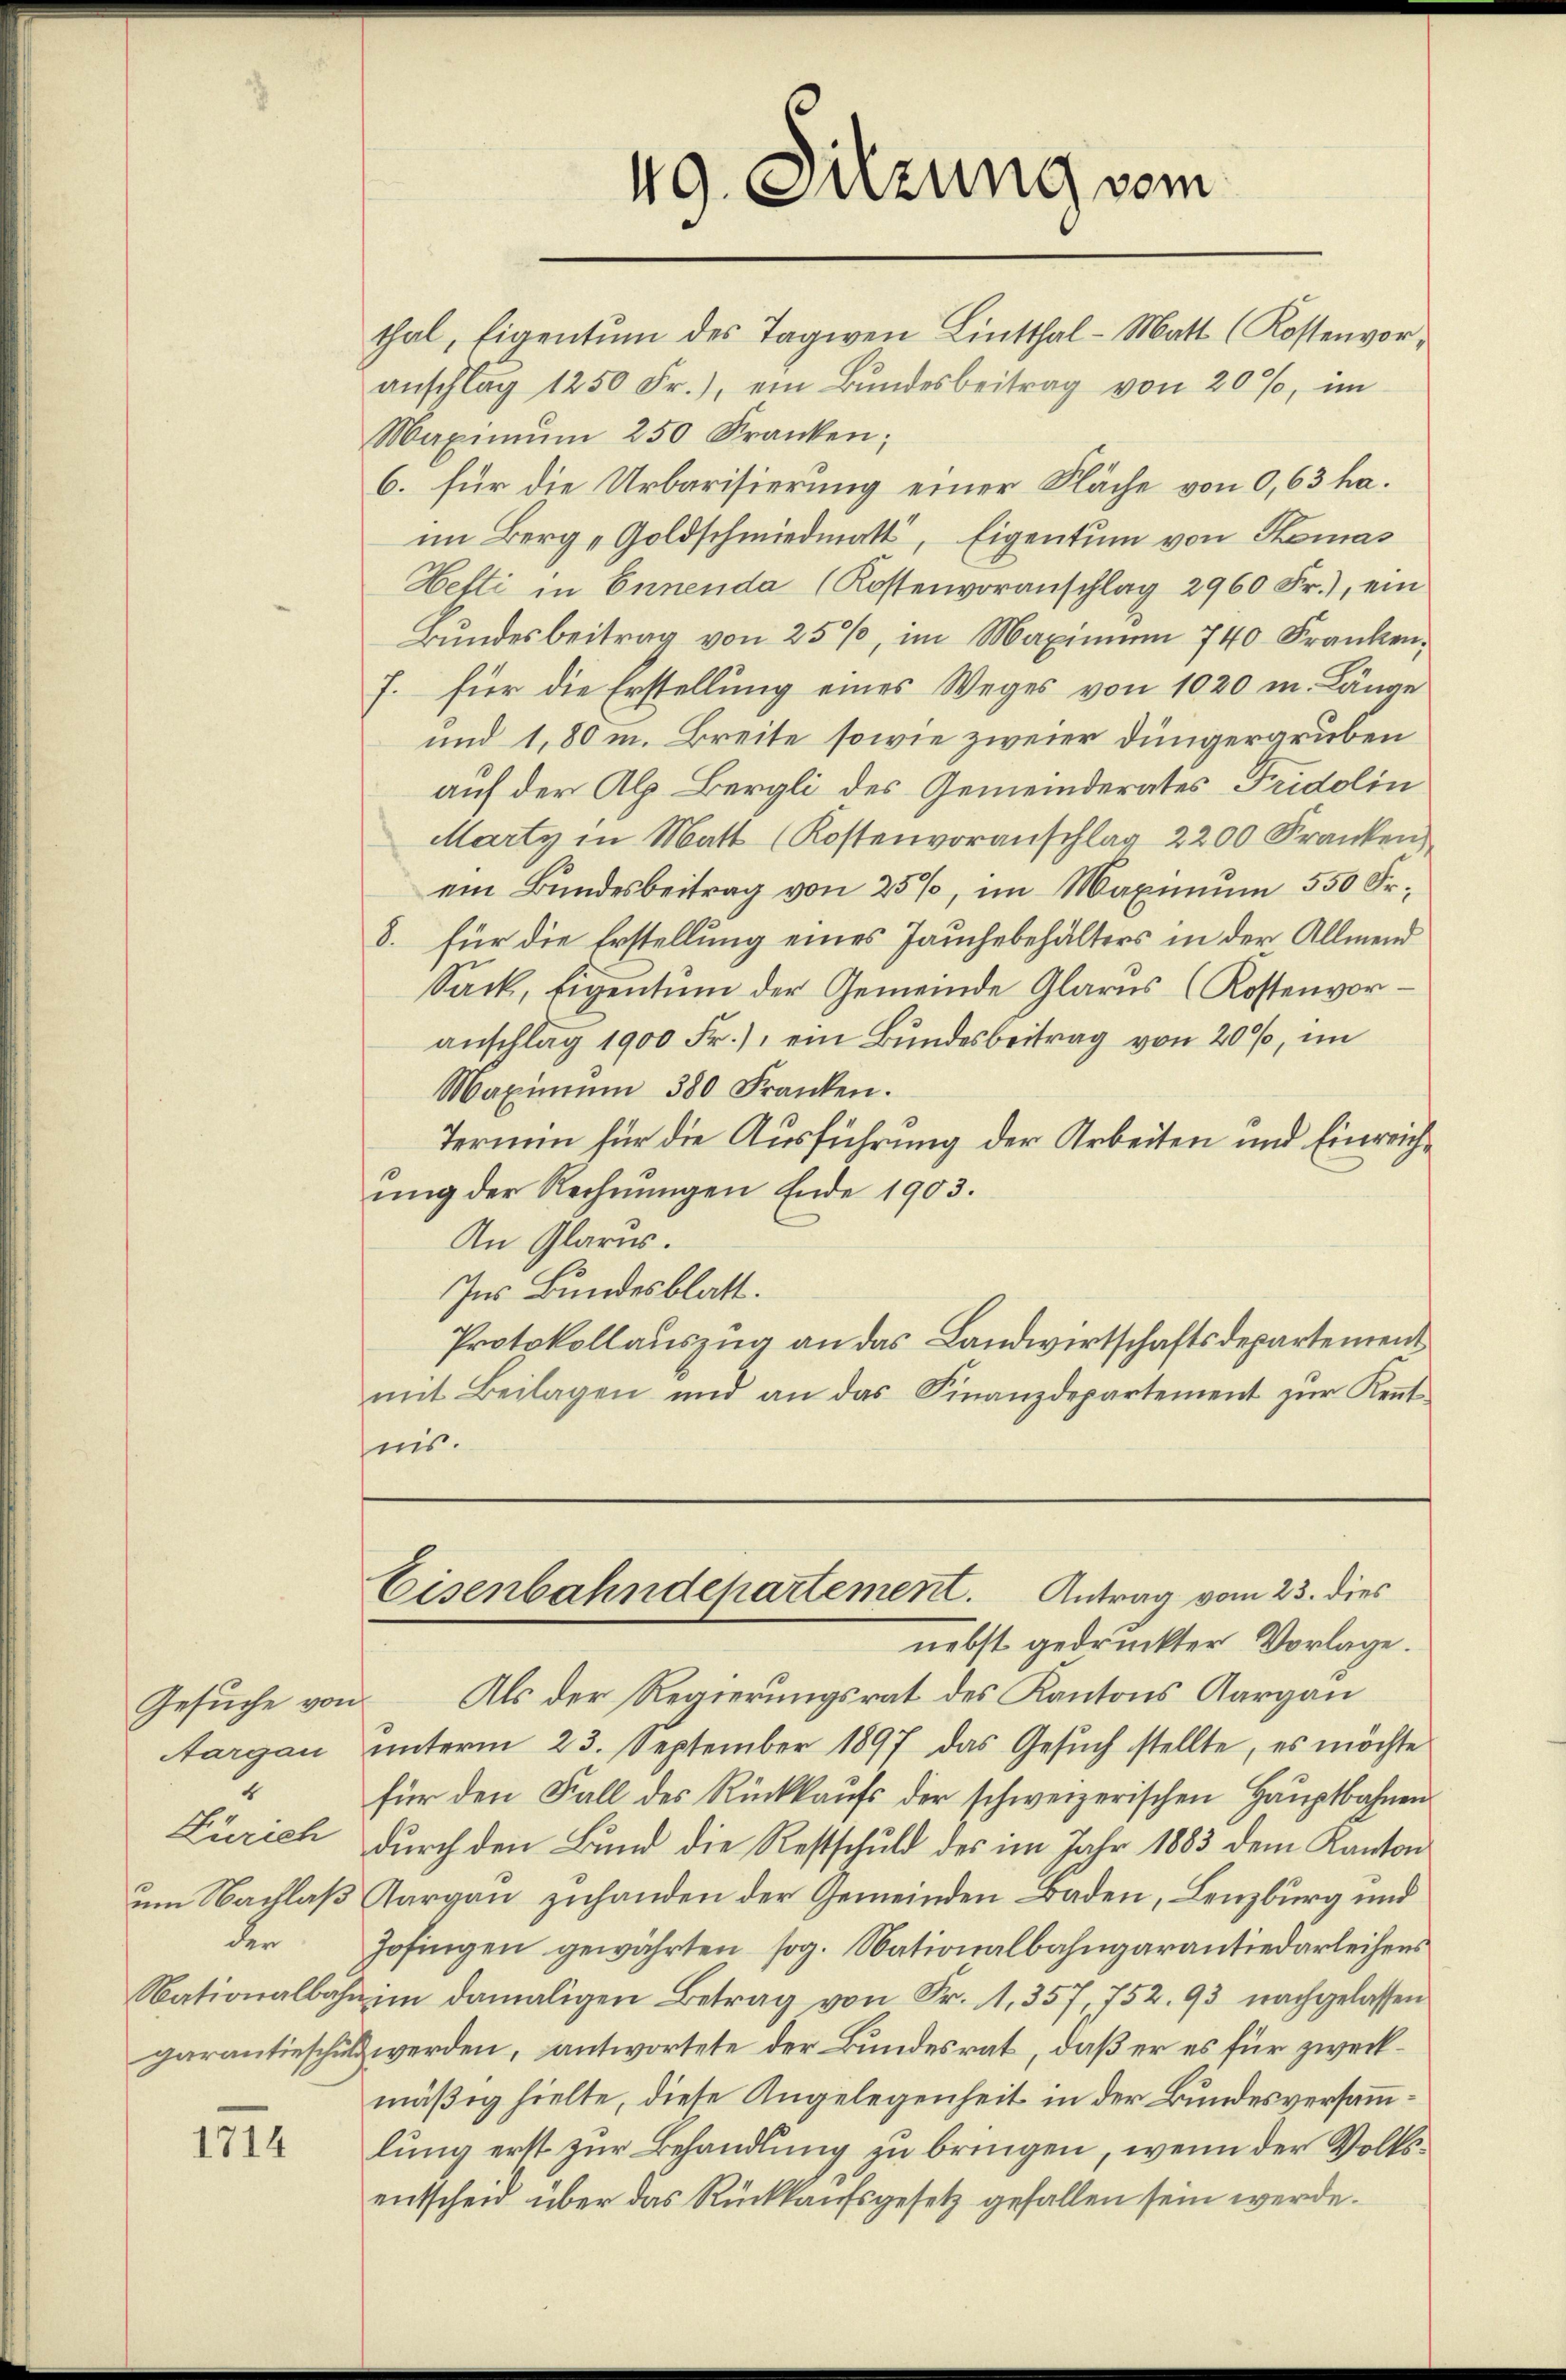
Gesuche von
Aargau
4
Zürich
der

1714

49. Sitzung vom

thal, Eigentum des Tagwen Linthal - Matt (Kostenvoranschlag 1250 Fr.), ein Bŭndesbeitrag von 20%, im
Maximŭm 250 Kranken;
6. für die Urbarisierung einer Fläche von 0,63 ha.
im Berg-Goldschmiedmatt, Eigentum von Komas
Hetti in Ennenda (Kostenvoranschlag 2960 Fr.), ein
Bundesbeitrag von 25%, im Maximum 740. Franken,
7. für die Erstellung eines Weges von 1020 m. Länge
und 1,80 m. Breite sowie zweier Düngergruben
auf der Alp. Bergli des Gemeinderates Fridolin
Marty in Matt (Kostenvoranschlag 2200 Franken
ein Bundesbeitrag von 25%, im Maximum 550 Fr.
8. für die Erstellung eines Jauchebehälters in der Allmend
Sack, Eigentum der Gemeinde Glarus (Kostenvoranschlag 1900 Fr.), ein Bundesbeitrag von 20%, im
Maximŭm 380 Franken.
Termin für die Ausführung der Arbeiten und Einreichŭng der Rechnŭngen Ende 1903.
An Glarus.
Ins Bundesblatt.
Protokollauszug an das Landwirtschaftsdepartement
mit Beilagen und an das Finanzdepartement zŭr Keṅt-
ins.
Eisenbahndepartement. Antrag vom 23. dies
nebst gedruckter Vorlage.
Als der Regierungsrat des Kantons Aargau
unterm 23. September 1897 das Gesuch stellte, es möchte
für den Fall des Rückkaŭfs der schweizerischen Hauptbahnen
durch den Bund die Restschuld des im Jahr 1883 dem Kanton
um Nachlaß Aargau zuhanden der Gemeinden Baden, Lenzburg und
Zofingen gewährten sog. Nationalbahngarantiedarleihens
Nationalbahn im damaligen Betrag von Fr. 11,357 752. 93 nachgelassen
garantieschuld werden, antwortete der Bundesrat, daß er es für zweckmäßig hielte, diese Angelegenheit in der Bundesversammlung erst zur Behandlung zu bringen, wenn der Volksentscheid über das Rückkaufsgesetz gefallen sein werde.